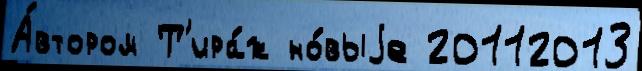
А́втором Т'ира́ж но́выjе 20112013